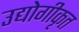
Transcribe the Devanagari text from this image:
उद्योगीकृत